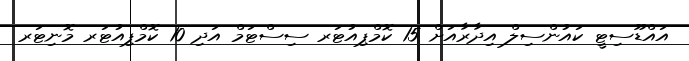
އައްޑޫސިޓީ ކައުންސިލް އިދާރާއަށް 15 ކޮމްޕިއުޓަރ ސިސްޓަމް އަދި 10 ކޮމްޕިއުޓަރ މޮނިޓަރ